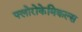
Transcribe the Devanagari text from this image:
फ्लोरोकेमिकल्स